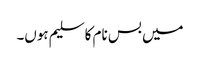
میں بس نام کا سلیم ہوں۔